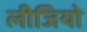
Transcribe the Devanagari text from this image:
लीजियो